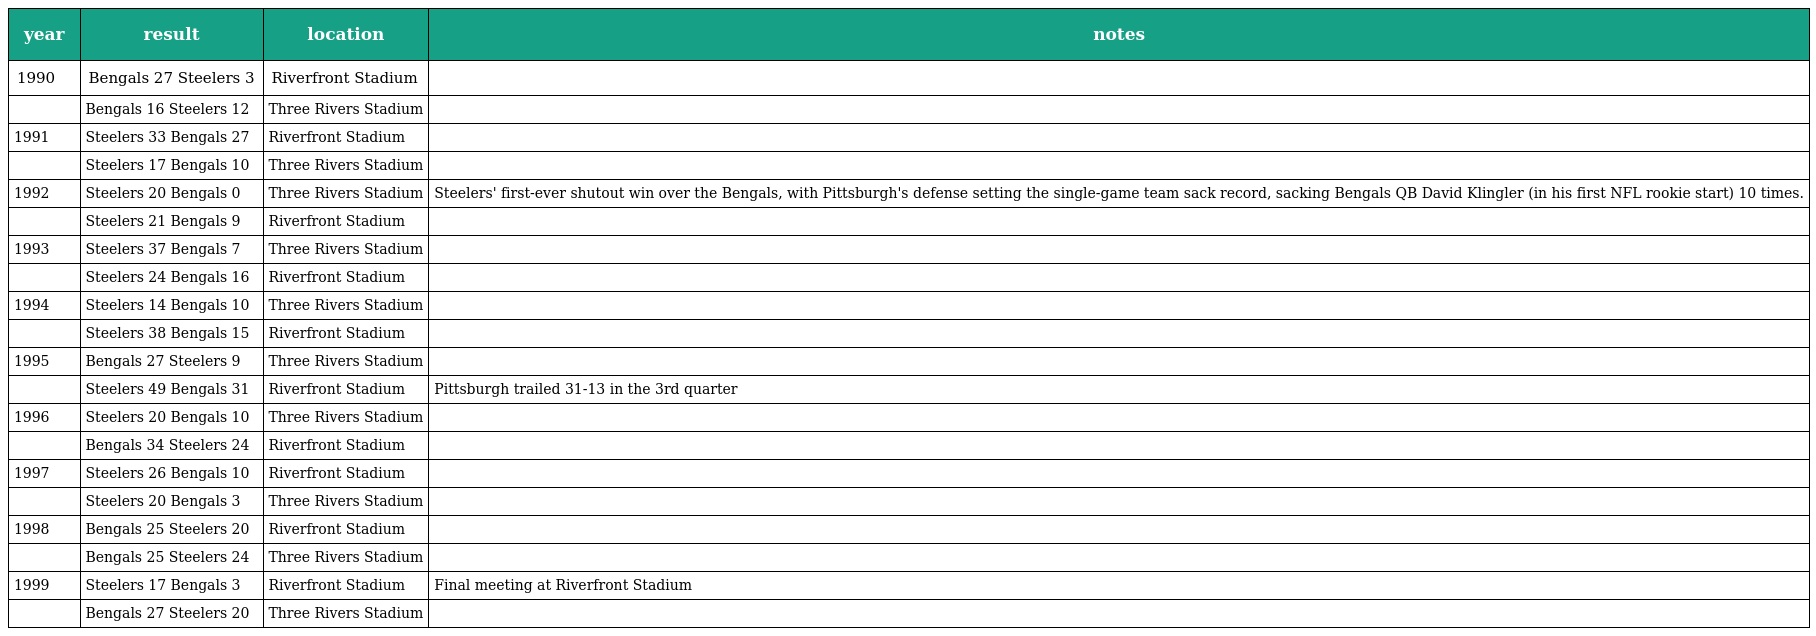
| year | result | location | notes |
 | --- | --- | --- | --- |
 | 1990 | Bengals 27 Steelers 3 | Riverfront Stadium |  |
 |  | Bengals 16 Steelers 12 | Three Rivers Stadium |  |
 | 1991 | Steelers 33 Bengals 27 | Riverfront Stadium |  |
 |  | Steelers 17 Bengals 10 | Three Rivers Stadium |  |
 | 1992 | Steelers 20 Bengals 0 | Three Rivers Stadium | Steelers' first-ever shutout win over the Bengals, with Pittsburgh's defense setting the single-game team sack record, sacking Bengals QB David Klingler (in his first NFL rookie start) 10 times. |
 |  | Steelers 21 Bengals 9 | Riverfront Stadium |  |
 | 1993 | Steelers 37 Bengals 7 | Three Rivers Stadium |  |
 |  | Steelers 24 Bengals 16 | Riverfront Stadium |  |
 | 1994 | Steelers 14 Bengals 10 | Three Rivers Stadium |  |
 |  | Steelers 38 Bengals 15 | Riverfront Stadium |  |
 | 1995 | Bengals 27 Steelers 9 | Three Rivers Stadium |  |
 |  | Steelers 49 Bengals 31 | Riverfront Stadium | Pittsburgh trailed 31-13 in the 3rd quarter |
 | 1996 | Steelers 20 Bengals 10 | Three Rivers Stadium |  |
 |  | Bengals 34 Steelers 24 | Riverfront Stadium |  |
 | 1997 | Steelers 26 Bengals 10 | Riverfront Stadium |  |
 |  | Steelers 20 Bengals 3 | Three Rivers Stadium |  |
 | 1998 | Bengals 25 Steelers 20 | Riverfront Stadium |  |
 |  | Bengals 25 Steelers 24 | Three Rivers Stadium |  |
 | 1999 | Steelers 17 Bengals 3 | Riverfront Stadium | Final meeting at Riverfront Stadium |
 |  | Bengals 27 Steelers 20 | Three Rivers Stadium |  |